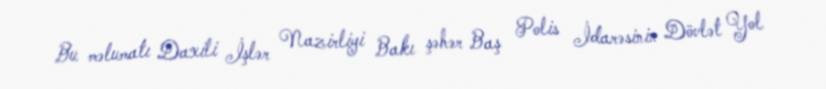
Bu məlumatı Daxili İşlər Nazirliyi Bakı şəhər Baş Polis İdarəsinin Dövlət Yol